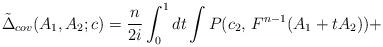
LaTeX: \begin{align*}\tilde{\Delta}_{cov}(A_{1},A_{2};c)=\frac{n}{2i}\int_{0}^{1}dt\int P(c_{2},\, F^{n-1}(A_{1}+tA_{2}))+\end{align*}